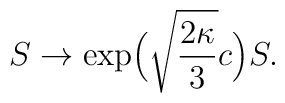
S\to\exp\!\Big(\sqrt{\frac{2\kappa}{3}}c\Big)S.